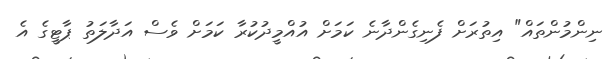
ނިންމުންތައް" އިތުރަށް ފެނިގެންދާނެ ކަމަށް އުއްމީދުކުރާ ކަމަށް ވެސް އަދާލަތު ޕާޓީގެ އެ